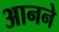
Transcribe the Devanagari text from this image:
आनने